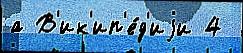
а В'ик'ип'е́д'иjи 4